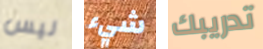
ليس شيء تدريبك